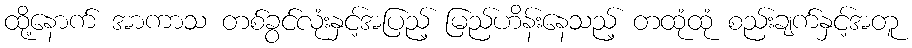
ထို့နောက် အာကာသ တစ်ခွင်လုံးနှင့်အပြည့် မြည်ဟိန်းနေသည့် တထုံထုံ စည်းချက်နှင့်အတူ